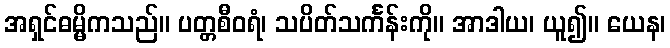
အရှင်ဓမ္မိကသည်။ ပတ္တစီဝရံ၊ သပိတ်သင်္ကန်းကို။ အာဒါယ၊ ယူ၍။ ယေန၊